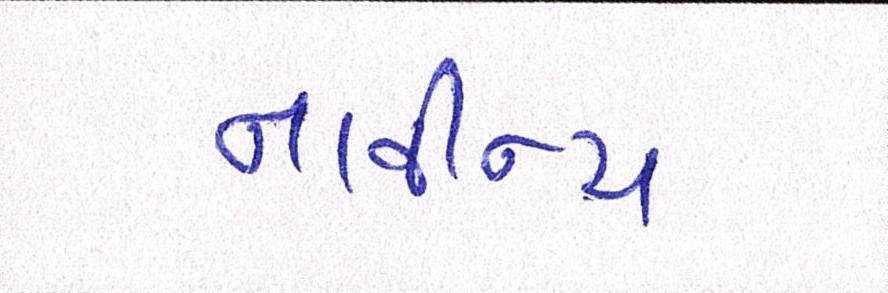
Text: નાવીન્ય